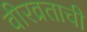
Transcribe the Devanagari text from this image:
वीरव्रताची